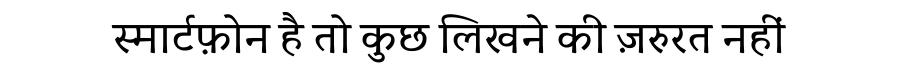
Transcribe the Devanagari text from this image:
स्मार्टफ़ोन है तो कुछ लिखने की ज़रुरत नहीं